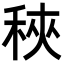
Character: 𥞵